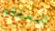
البساطه